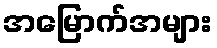
အမြောက်အများ